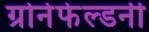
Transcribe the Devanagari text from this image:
ग्रोनेफेल्डनी